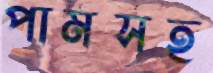
পামসহ